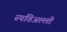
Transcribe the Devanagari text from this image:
स्पतिअल्ली